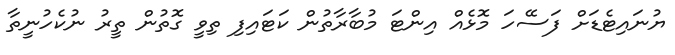
ޔުނައިޓެޑަށް ފަސޭހަ މޮޅެއް އިންޓަ މުބާރާތުން ކަޓައިފި ތިވީ ގޮތުން ތީރު ނުކެހުނީތާ